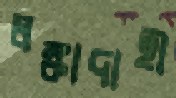
লঙ্কাদাহী